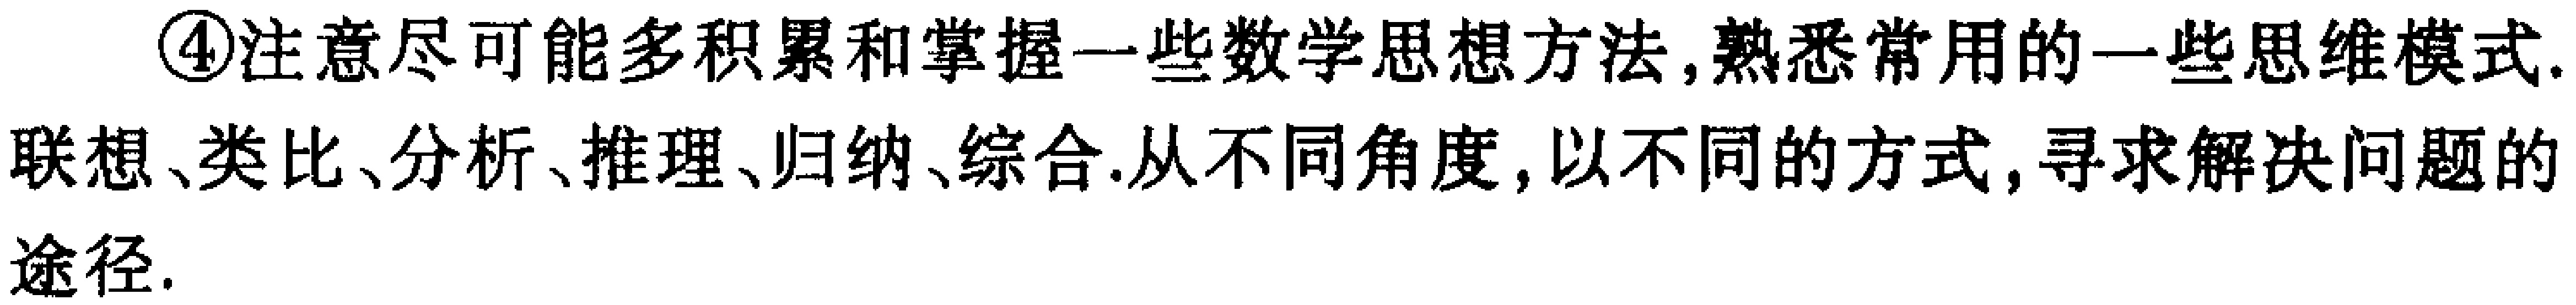
\textcircled{4}注意尽可能多积累和掌握一些数学思想方法,熟悉常用的一些思维模式.联想、类比、分析、推理、归纳、综合.从不同角度,以不同的方式,寻求解决问题的途径.